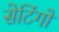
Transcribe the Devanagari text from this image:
सेटिंगों